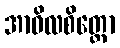
အာဝိလစိတ္တော